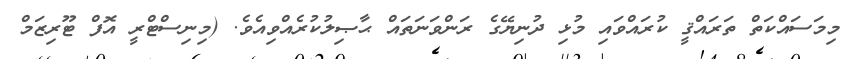
މިމަސައްކަތް ތަރައްޤީ ކުރައްވައި މުޅި ދުނިޔޭގެ ރަންވަނަތައް ޙާޞިލުކުރެއްވިއެވެ. (މިނިސްޓްރީ އޮފް ޓޫރިޒަމް